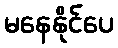
မနေနိုင်ပေ